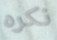
نكره